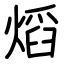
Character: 熖